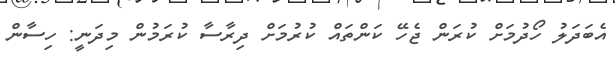
އެބަދަލު ހޯދުމަށް ކުރަން ޖެހޭ ކަންތައް ކުރުމަށް ދިރާސާ ކުރަމުން މިދަނީ: ހިސާން